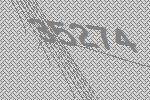
35274